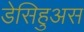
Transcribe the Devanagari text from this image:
डेसिहुअस